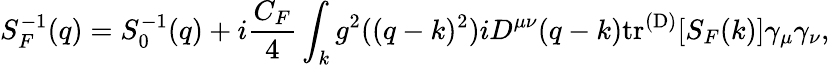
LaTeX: S_{F}^{-1}(q)=S_{0}^{-1}(q)+i\frac{C_{F}}{4}\int_{k}g^{2}((q-k)^{2})iD^{\mu\nu}(q-k)\mathrm{tr}^{\mathrm{(D)}}[S_{F}(k)]\gamma_{\mu}\gamma_{\nu},